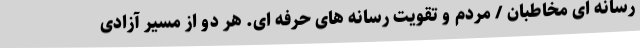
رسانه ای مخاطبان / مردم و تقویت رسانه های حرفه ای. هر دو از مسیر آزادی